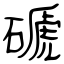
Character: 磃